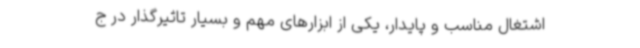
اشتغال مناسب و پایدار، یکی از ابزارهای مهم و بسیار تاثیرگذار در ج